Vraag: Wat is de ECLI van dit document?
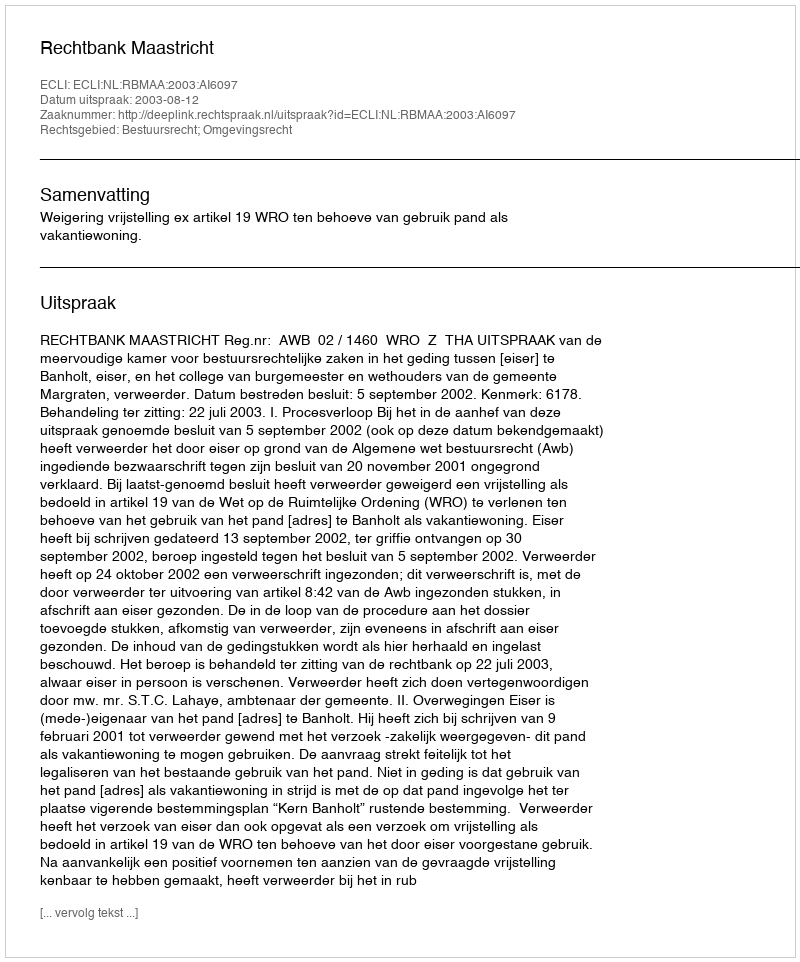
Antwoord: ECLI:NL:RBMAA:2003:AI6097